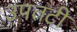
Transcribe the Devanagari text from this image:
उपतटी